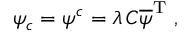
\psi _ { c } = \psi ^ { c } = \lambda \, C \overline { { { \psi } } } ^ { \mathrm { T } } \ ,